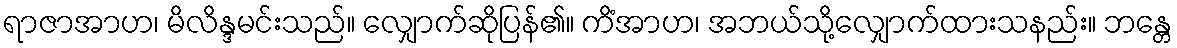
ရာဇာအာဟ၊ မိလိန္ဒမင်းသည်။ လျှောက်ဆိုပြန်၏။ ကိံအာဟ၊ အဘယ်သို့လျှောက်ထားသနည်း။ ဘန္တေ